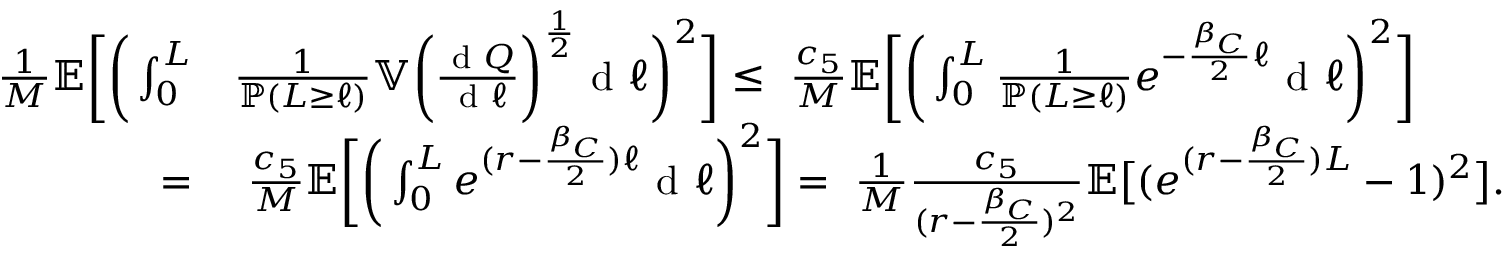
\begin{array} { r l } { \frac { 1 } { M } { \mathbb { E } } \bigg [ \bigg ( \int _ { 0 } ^ { L } } & { \frac { 1 } { { \mathbb { P } } ( L \geq \ell ) } { \mathbb { V } } \bigg ( \frac { \textup { d } Q } { \textup { d } \ell } \bigg ) ^ { \frac { 1 } { 2 } } \textup { d } \ell \bigg ) ^ { 2 } \bigg ] \leq \ \frac { c _ { 5 } } { M } { \mathbb { E } } \bigg [ \bigg ( \int _ { 0 } ^ { L } \frac { 1 } { { \mathbb { P } } ( L \geq \ell ) } e ^ { - \frac { \beta _ { C } } { 2 } \ell } \textup { d } \ell \bigg ) ^ { 2 } \bigg ] } \\ { = } & { \ \frac { c _ { 5 } } { M } { \mathbb { E } } \bigg [ \bigg ( \int _ { 0 } ^ { L } e ^ { ( r - \frac { \beta _ { C } } { 2 } ) \ell } \textup { d } \ell \bigg ) ^ { 2 } \bigg ] = \ \frac { 1 } { M } \frac { c _ { 5 } } { ( r - \frac { \beta _ { C } } { 2 } ) ^ { 2 } } { \mathbb { E } } \big [ ( e ^ { ( r - \frac { \beta _ { C } } { 2 } ) L } - 1 ) ^ { 2 } \big ] . } \end{array}